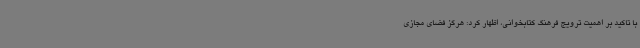
با تاکید بر اهمیت ترویج فرهنگ کتابخوانی، اظهار کرد: هرگز فضای مجازی